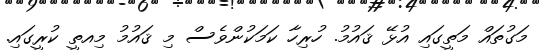
މަގުތައް މަތީގައި އުޅޭ ޤައުމު. ހުރިހާ ކަމަކުންވެސް މި ޤައުމު މިއތީ ކުރީގައި.